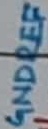
Text: GNDREF